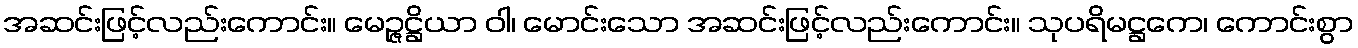
အဆင်းဖြင့်လည်းကောင်း။ မေဉ္ဇဋ္ဌိယာ ဝါ၊ မောင်းသော အဆင်းဖြင့်လည်းကောင်း။ သုပရိမဋ္ဌကေ၊ ကောင်းစွာ